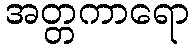
အတ္တကာရော